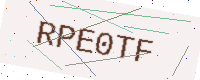
Text: RPE0TF